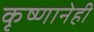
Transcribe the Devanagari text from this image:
कृष्णानेही